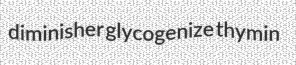
diminisher glycogenize thymin